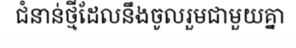
ជំនាន់ថ្មីដែលនឹងចូលរួមជាមួយគ្នា